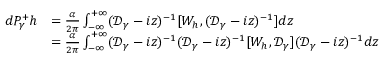
\begin{array} { r l } { d P _ { \gamma } ^ { + } h } & { = \frac { \alpha } { 2 \pi } \int _ { - \infty } ^ { + \infty } ( \mathcal D _ { \gamma } - i z ) ^ { - 1 } [ W _ { h } , ( \mathcal D _ { \gamma } - i z ) ^ { - 1 } ] d z } \\ & { = \frac { \alpha } { 2 \pi } \int _ { - \infty } ^ { + \infty } ( \mathcal D _ { \gamma } - i z ) ^ { - 1 } ( \mathcal D _ { \gamma } - i z ) ^ { - 1 } [ W _ { h } , \mathcal D _ { \gamma } ] ( \mathcal D _ { \gamma } - i z ) ^ { - 1 } d z } \end{array}